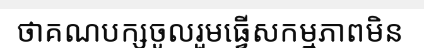
ថាគណបក្សចូលរួមធ្វើសកម្មភាពមិន